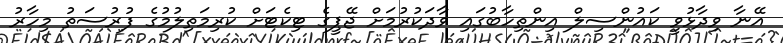
އޭނާ ވިދާޅުވީ ކައުންސިލް އިންތިހާބުގައި ވާދަކުރުމަށް ޖޭޕީގެ ޓިކެޓަށް ކުރިމަތިލުމުގެ ފުރުސަތު މިހާރު